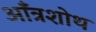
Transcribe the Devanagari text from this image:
आँत्रशोथ